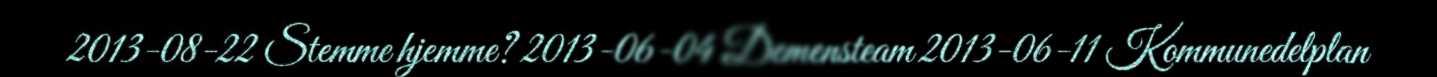
2013-08-22 Stemme hjemme? 2013-06-04 Demensteam 2013-06-11 Kommunedelplan